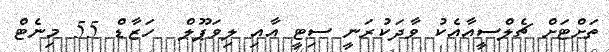
ތަށްޓަށް ޗެލްސީއާއެކު ވާދަކުރަނީ ސިޓީ އާއި ލިވަޕޫލް  ހަޒާޑް 55 މިނެޓް